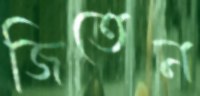
জিতেন